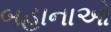
બહાનાઓ